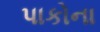
પાકોના